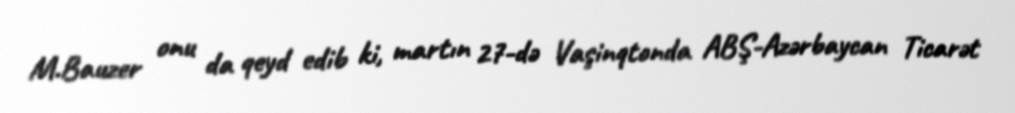
M.Bauzer onu da qeyd edib ki, martın 27-də Vaşinqtonda ABŞ-Azərbaycan Ticarət